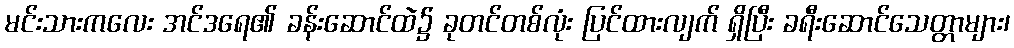
မင်းသားကလေး အင်ဒရေ၏ ခန်းဆောင်ထဲ၌ ခုတင်တစ်လုံး ပြင်ထားလျက် ရှိပြီး ခရီးဆောင်သေတ္တာများ၊